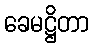
ခေမဋ္ဌိတာ